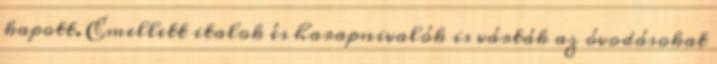
kapott. Emellett italok és harapnivalók is várták az óvodásokat